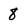
Character: 8